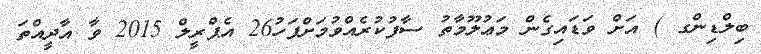
ބިލްޑިންގ ) އަށް ވަޑައިގެން މަޢުލޫމާތު ސާފުކުރެއްވުމަށްފަހު26 އެޕްރީލް 2015 ވާ އާދީއްތަ